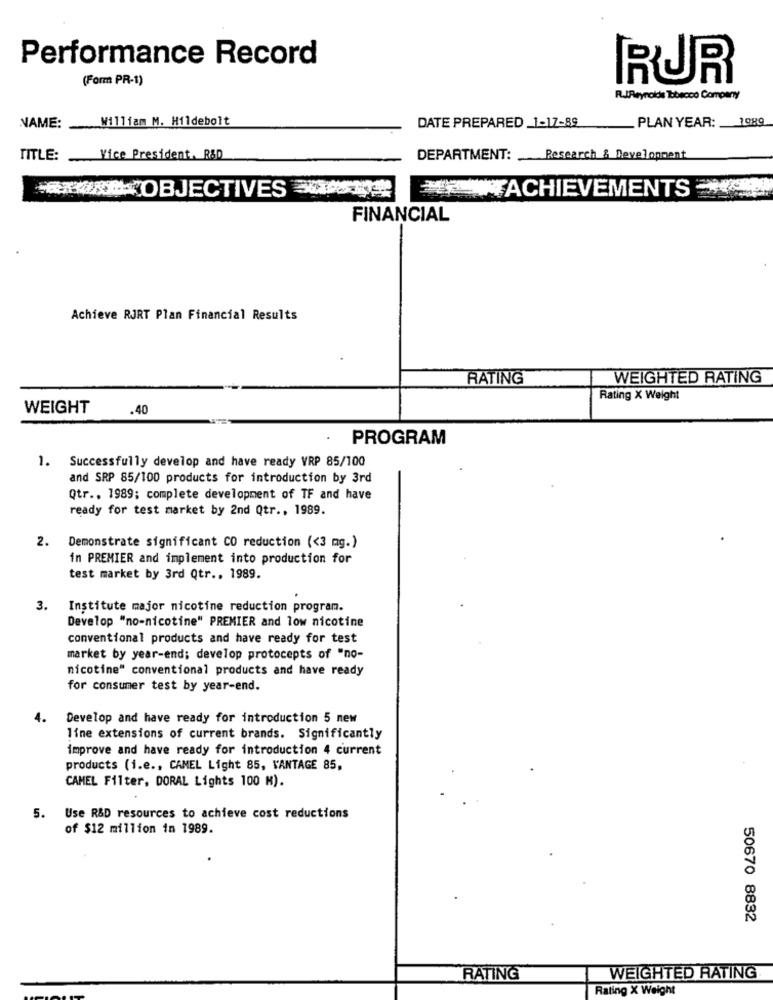
Performance Record
(Form PR-1)
RUR
R.IReynolds Tbbecco Company
NAME: William M. Hildebolt
PLAN YEAR: _ 1089
DATE PREPARED 1-17-89
TITLE: Vice President. R&D
DEPARTMENT: Research & Development
OBJECTIVES 0
#ACHIEVEMENTS
FINANCIAL
Achieve RJRT Plan Financial Results
RATING
WEIGHTED RATING
Rating X Weight
WEIGHT
.40
PROGRAM
1. Successfully develop and have ready VRP 85/100
and SRP 85/100 products for introduction by 3rd
Qtr ., 1989; complete development of TF and have
ready for test market by 2nd Qtr ., 1989.
2.
Demonstrate significant CO reduction (<3 mg.)
in PREMIER and implement into production for
test market by 3rd Qtr .. 1989.
3.
Institute major nicotine reduction program.
Develop "no-nicotine" PREMIER and low nicotine
conventional products and have ready for test
market by year-end; develop protocepts of "no-
nicotine" conventional products and have ready
for consumer test by year-end.
4.
Develop and have ready for introduction 5 new
line extensions of current brands. Significantly
improve and have ready for introduction 4 current
products (i.e ., CAMEL Light 85, KANTAGE 85,
CAMEL Filter, DORAL Lights 100 M).
5. Use R&D resources to achieve cost reductions
of $12 million in 1989.
50670 8832
RATING
WEIGHTED RATING
Rating X Weight